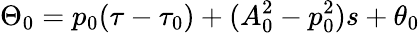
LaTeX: \Theta_{0}=p_{0}(\tau-\tau_{0})+(A_{0}^{2}-p_{0}^{2})s+\theta_{0}